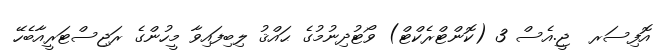
އޮފިސަރ  ޖީ.އެސް 3 (ކޮންޓްރެކްޓް) ވޯޓުދިނުމުގެ ޙައްޤު ލިބިފައިވާ މީހުންގެ ރަޖިސްޓަރީއާބެހޭ